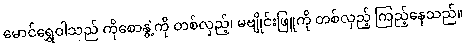
မောင်ရွှေဝါသည် ကိုစောနွဲ့ကို တစ်လှည့်၊ မဗျိုင်းဖြူကို တစ်လှည့် ကြည့်နေသည်။